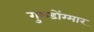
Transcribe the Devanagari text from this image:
गुरुडोंग्मार